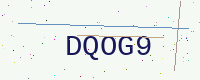
Text: DQOG9